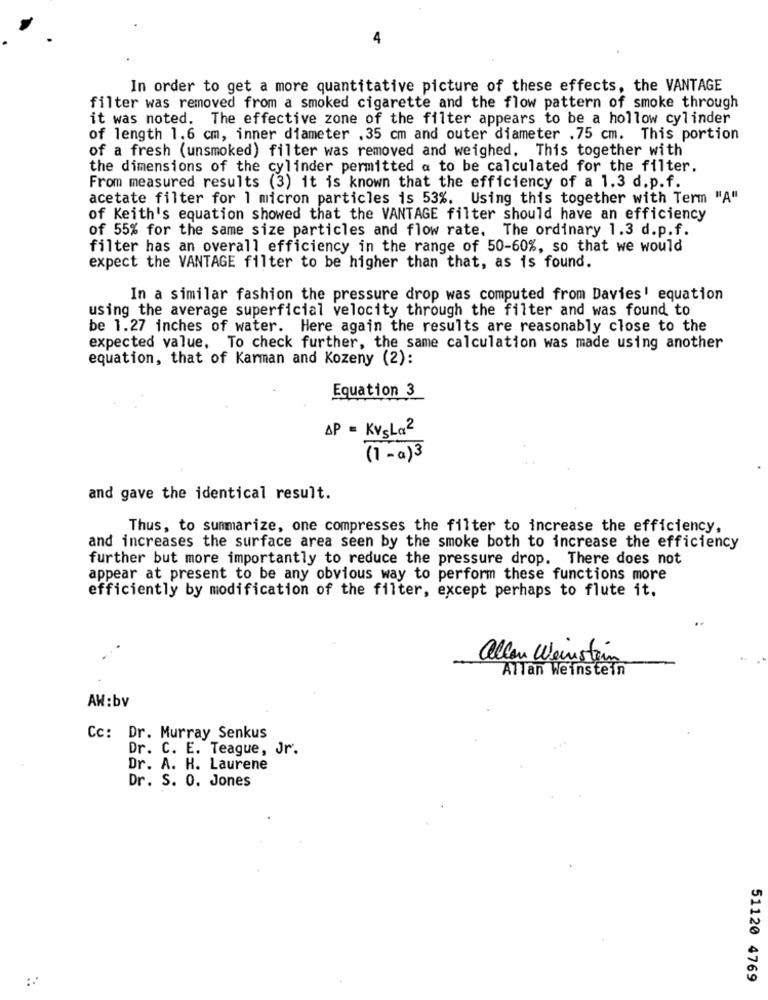
4
In order to get a more quantitative picture of these effects, the VANTAGE
filter was removed from a smoked cigarette and the flow pattern of smoke through
it was noted. The effective zone of the filter appears to be a hollow cylinder
of length 1,6 cm, inner diameter .35 cm and outer diameter .75 cm. This portion
of a fresh (unsmoked) filter was removed and weighed. This together with
the dimensions of the cylinder permitted a to be calculated for the filter.
From measured results (3) it is known that the efficiency of a 1.3 d.p.f.
acetate filter for 1 micron particles is 53%. Using this together with Term "A"
of Keith's equation showed that the VANTAGE filter should have an efficiency
of 55% for the same size particles and flow rate. The ordinary 1.3 d.p.f.
filter has an overall efficiency in the range of 50-60%, so that we would
expect the VANTAGE filter to be higher than that, as is found.
In a similar fashion the pressure drop was computed from Davies' equation
using the average superficial velocity through the filter and was found to
be 1.27 inches of water. Here again the results are reasonably close to the
expected value. To check further, the same calculation was made using another
equation, that of Karman and Kozeny (2):
Equation 3
AP = KVsLa2
(1-a)3
and gave the identical result.
Thus, to summarize, one compresses the filter to increase the efficiency,
and increases the surface area seen by the smoke both to increase the efficiency
further but more importantly to reduce the pressure drop. There does not
appear at present to be any obvious way to perform these functions more
efficiently by modification of the filter, except perhaps to flute it.
allan Weinstein
Allan Weinstein
AW :bv
Cc: Dr. Murray Senkus
Dr. C. E. Teague, Jr.
Dr. A. H. Laurene
Dr. S. O. Jones
..
51120 4769